Lunatic asylums in Bengal annual reports 1899-1911 - 1899-1911
Year: 1899
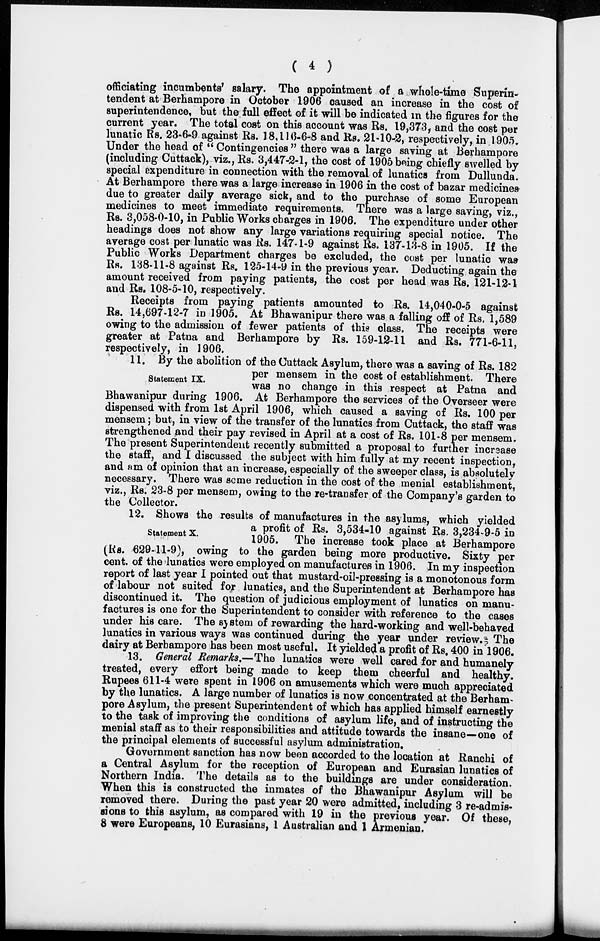
( 4 )
officiating incumbents' salary. The appointment of a whole-time Superin-
tendent at Berhampore in October 1906 caused an increase in the cost of
superintendence, but the full effect of it will be indicated in the figures for the
current year. The total cost on this account was Rs. 19,373, and the cost per
lunatic Rs. 23-6-9 against Rs. 18,116-6-8 and Rs. 21-10-2, respectively, in 1905.
Under the head of " Contingencies" there was a large saving at Berhampore
(including Cuttack), viz., Rs. 3,447-2-1, the cost of 1905 being chiefly swelled by
special expenditure in connection with the removal of lunatics from Dullunda.
At Berhampore there was a large increase in 1906 in the cost of bazar medicines
due to greater daily average sick, and to the purchase of some European
medicines to meet immediate requirements. There was a large saving, viz.,
Rs. 3,058-0-10, in Public Works charges in 1906. The expenditure under other
headings does not show any large variations requiring special notice. The
average cost per lunatic was Rs. 147-1-9 against Rs. 137-13-8 in 1905. If the
Public Works Department charges be excluded, the cost per lunatic was
Rs. 138-11-8 against Rs. 125-14-9 in the previous year. Deducting again the
amount received from paying patients, the cost per head was Rs. 121-12-1
and Rs. 108-5-10, respectively.
Receipts from paying patients amounted to Rs. 14,040-0-5 against
Rs. 14,697-12-7 in 1905. At Bhawanipur there was a falling off of Rs. 1,589
owing to the admission of fewer patients of this class. The receipts were
greater at Patna and Berhampore by Rs. 159-12-11 and Rs. 771-6-11,
respectively, in 1906.
Statement IX.
11. By the abolition of the Cuttack Asylum, there was a saving of Rs. 182
per mensem in the cost of establishment. There
was no change in this respect at Patna and
Bhawanipur during 1906. At Berhampore the services of the Overseer were
dispensed with from 1st April 1906, which caused a saving of Rs. 100 per
mensem; but, in view of the transfer of the lunatics from Cuttack, the staff was
strengthened and their pay revised in April at a cost of Rs. 101-8 per mensem.
The present Superintendent recently submitted a proposal to further increase
the staff, and I discussed the subject with him fully at my recent inspection,
and am of opinion that an increase, especially of the sweeper class, is absolutely
necessary. There was some reduction in the cost of the menial establishment,
viz., Rs. 23-8 per mensem, owing to the re-transfer of the Company's garden to
the Collector.
Statement X.
12. Shows the results of manufactures in the asylums, which yielded
a profit of Rs. 3,534-10 against Rs. 3,234-9-5 in
1905. The increase took place at Berhampore
(Rs. 629-11-9), owing to the garden being more productive. Sixty per
cent. of the lunatics were employed on manufactures in 1906. In my inspection
report of last year I pointed out that mustard-oil-pressing is a monotonous form
of labour not suited for lunatics, and the Superintendent at Berhampore has
discontinued it. The question of judicious employment of lunatics on manu-
factures is one for the Superintendent to consider with reference to the cases
under his care. The system of rewarding the hard-working and well-behaved
lunatics in various ways was continued during the year under review. The
dairy at Berhampore has been most useful. It yielded a profit of Rs. 400 in 1906.
13. General Remarks.—The lunatics were well cared for and humanely
treated, every effort being made to keep them cheerful and healthy.
Rupees 611-4 were spent in 1906 on amusements which were much appreciated
by the lunatics. A large number of lunatics is now concentrated at the Berham
pore Asylum, the present Superintendent of which has applied himself earnestly
to the task of improving the conditions of asylum life, and of instructing the
menial staff as to their responsibilities and attitude towards the insane—one of
the principal elements of successful asylum administration.
Government sanction has now been accorded to the location at Ranchi of
a Central Asylum for the reception of European and Eurasian lunatics of
Northern India. The details as to the buildings are under consideration.
When this is constructed the inmates of the Bhawanipur Asylum will be
removed there. During the past year 20 were admitted, including 3 re-admis-
sions to this asylum, as compared with 19 in the previous year. Of these,
8 were Europeans, 10 Eurasians, 1 Australian and 1 Armenian.